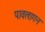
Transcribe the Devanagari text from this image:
पावलागन